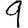
Digit: 9